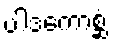
ပါဒကောစ္ဆံ